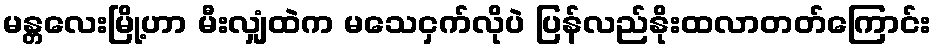
မန္တလေးမြို့ဟာ မီးလျှံထဲက မသေငှက်လိုပဲ ပြန်လည်နိုးထလာတတ်ကြောင်း